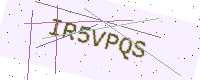
Text: IR5VPQS